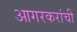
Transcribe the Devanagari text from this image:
आगरकरांची